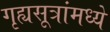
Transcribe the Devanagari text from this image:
गृह्यसूत्रांमध्ये